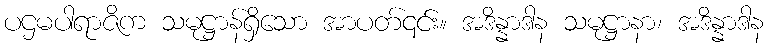
ပဌမပါရာဇိက သမုဋ္ဌာန်ရှိသော အာပတ်၎င်း။ အဒိန္နာဒါန သမုဋ္ဌာနာ၊ အဒိန္နာဒါန